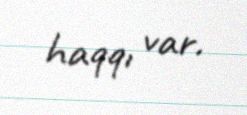
haqqı var.